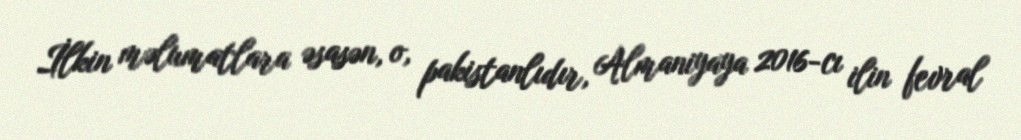
İlkin məlumatlara əsasən, o, pakistanlıdır, Almaniyaya 2016-cı ilin fevral